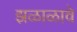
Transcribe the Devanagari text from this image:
झळाळावे